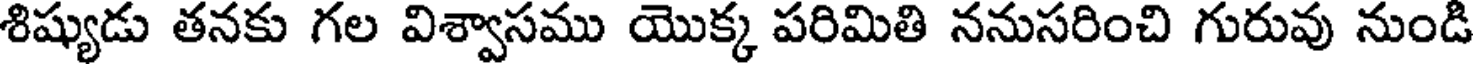
శిష్యుడు తనకు గల విశ్వాసము యొక్క పరిమితి ననుసరించి గురువు నుండి